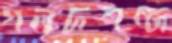
গলদশব্দ